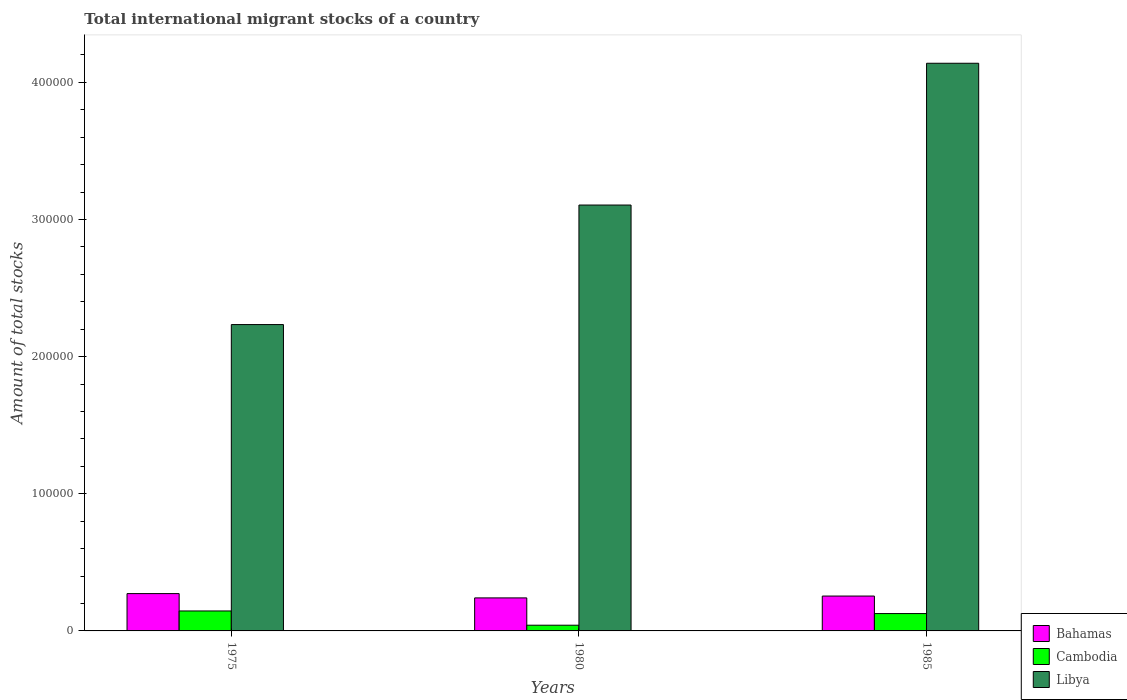
| Years | Bahamas | Cambodia | Libya |
 | --- | --- | --- | --- |
 | 1975 | 2.72e+04 | 1.46e+04 | 2.23e+05 |
 | 1980 | 2.41e+04 | 4.17e+03 | 3.11e+05 |
 | 1985 | 2.54e+04 | 1.26e+04 | 4.14e+05 |